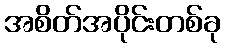
အစိတ်အပိုင်းတစ်ခု